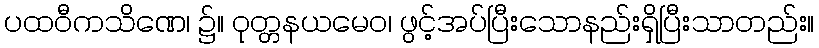
ပထဝီကသိဏေ၊ ၌။ ဝုတ္တနယမေဝ၊ ဖွင့်အပ်ပြီးသောနည်းရှိပြီးသာတည်း။